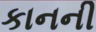
કાનની